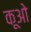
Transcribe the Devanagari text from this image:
कूओ